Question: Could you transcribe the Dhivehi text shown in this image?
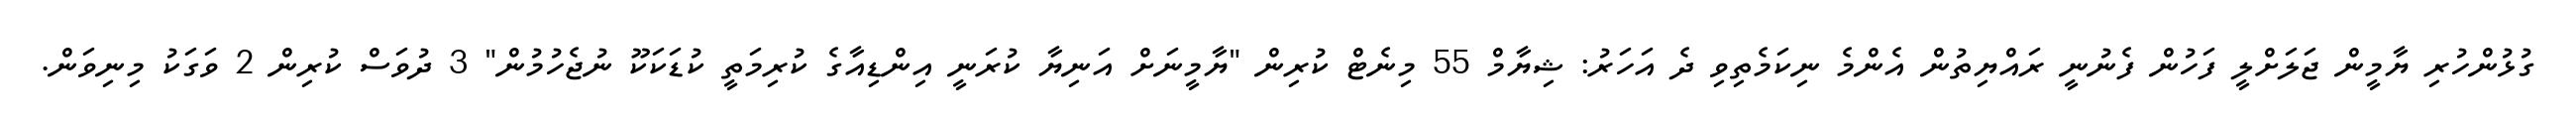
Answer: ގުޅުންހުރި ޔާމީން ޖަލަށްލީ ފަހުން ފެނުނީ ރައްޔިތުން އެންމެ ނިކަމެތިވި ދެ އަހަރު: ޝިޔާމް 55 މިނެޓް ކުރިން "ޔާމީނަށް އަނިޔާ ކުރަނީ އިންޑިއާގެ ކުރިމަތީ ކުޑަކަކޫ ނުޖެހުމުން" 3 ދުވަސް ކުރިން 2 ވަގަކު މިނިވަން.